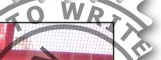
TO WRITE